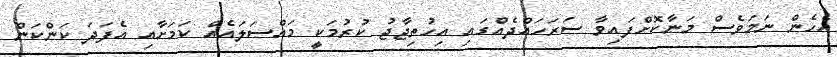
އެހެން ނަމަވެސް މަނާކޮށްފައިވާ ސަރަހައްދެއްގައި އިހުތިޖާޖު ކުރުމަކީ މައްސަލައެއް ކަމަށާއި އެފަދަ ކަންކަން